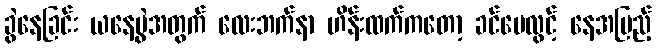
ခွဲနေခြင်း ယနေ့ပွဲအတွက် လေးဘက်နာ ဟိန်းထက်ကတော့ ခင်မေလွင့် နေအပြည့်